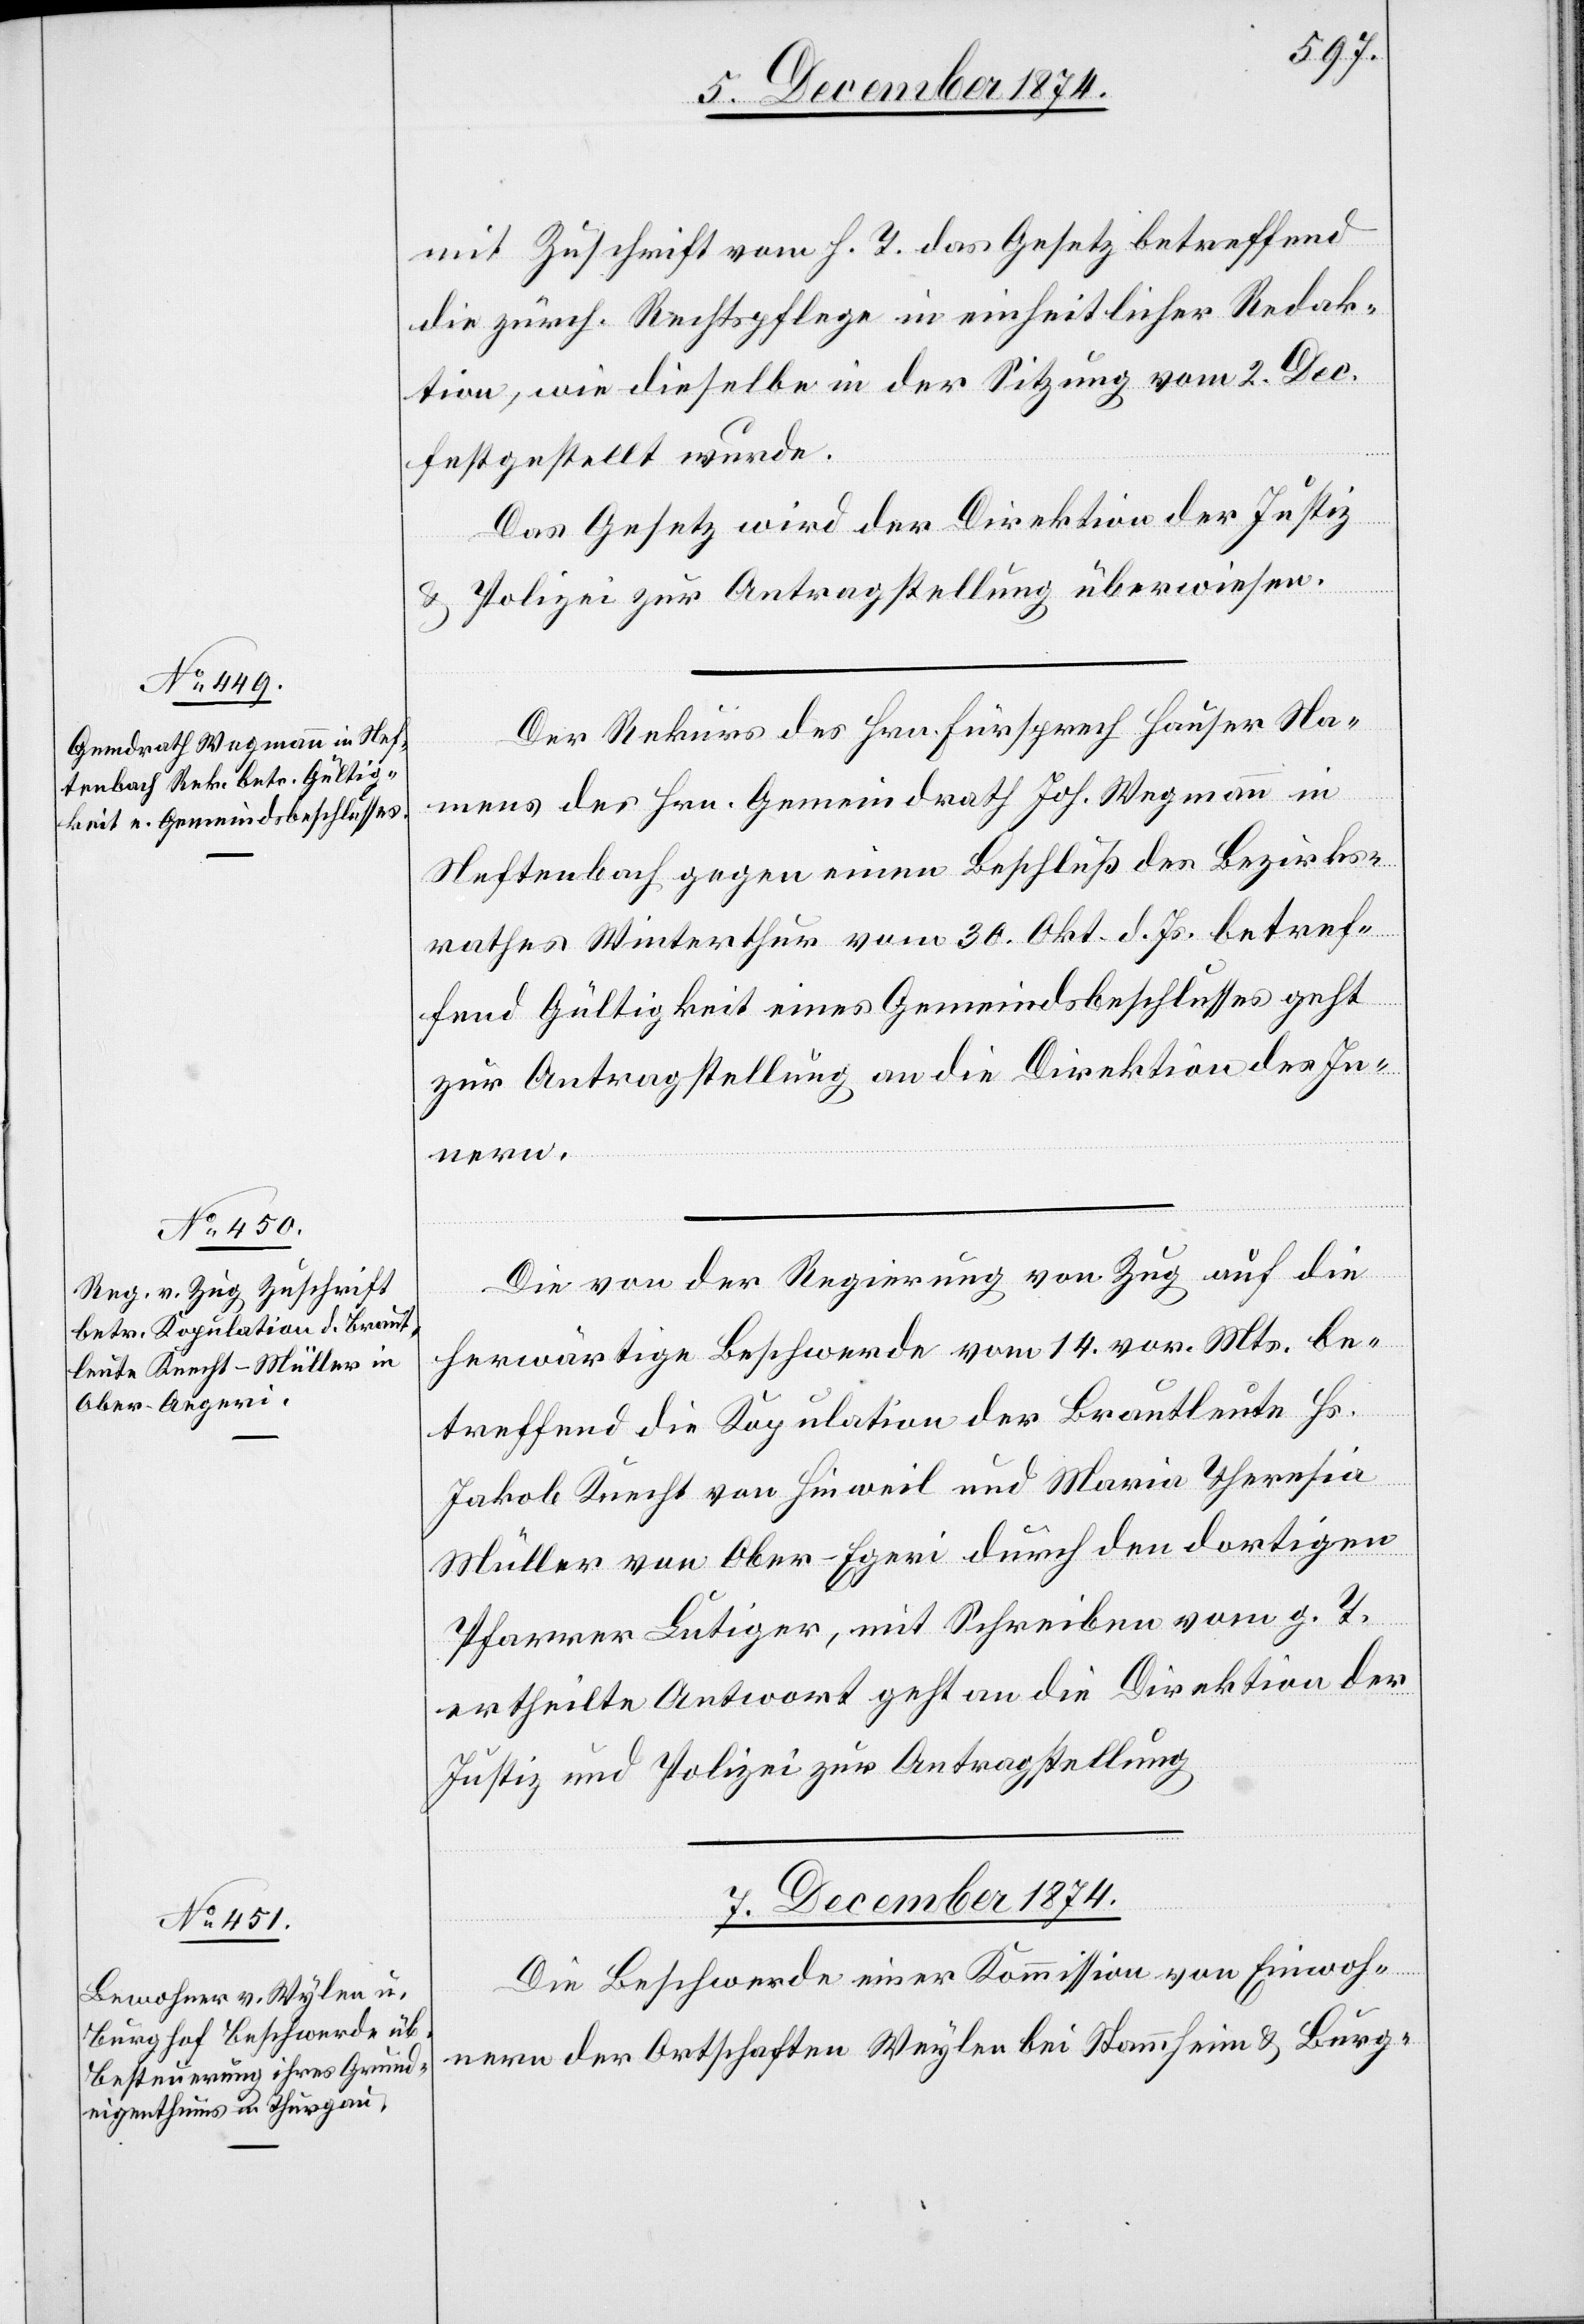
5. Dezember 1874.]
mit Zuschrift vom h. T. das Gesetz betreffend
die zürch. Rechtspflege in einheitlicher Redak¬
tion, wie dieselbe in der Sitzung vom 2. Dec.
festgestellt wurde.
Das Gesetz wird der Direktion der Justiz
& Polizei zur Antragstellung überwiesen.
Der Rekurs des Hrn. Fürsprech Hauser Na¬
mens des Hrn. Gemeindrath Joh. Wegmann in
Neftenbach gegen einen Beschluß des Bezirks¬
rathes Winterthur vom 30. Okt. d. Js. betref¬
fend Gültigkeit eines Gemeindsbeschlusses geht
zur Antragstellung an die Direktion des In¬
nern.
Die von der Regierung von Zug auf die
herwärtige Beschwerde vom 14. vor. Mts. be¬
treffend die Kopulation der Brautleute Hs.
Jakob Knecht von Hinweil und Maria Theresia
Müller von Ober-Egeri [sic!] durch den dortigen
Pfarrer Lutiger, mit Schreiben vom g. T.
ertheilte Antwort geht an die Direktion der
Justiz und Polizei zur Antragstellung.
7. Dezember 1874.
Die Beschwerde einer Kommission von Einwoh¬
nern der Ortschaften Weylen [sic!] bei Stammheim & Burg-